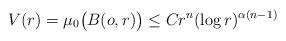
LaTeX: \begin{align*}V(r)= \mu_0 \big(B(o,r)\big) \le C r^n (\log r)^{\alpha(n-1)} \end{align*}